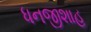
ધનજીશાહ